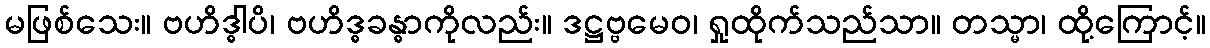
မဖြစ်သေး။ ဗဟိဒ္ဓါပိ၊ ဗဟိဒ္ဓခန္ဓာကိုလည်း။ ဒဋ္ဌဗ္ဗမေဝ၊ ရှုထိုက်သည်သာ။ တသ္မာ၊ ထို့ကြောင့်။